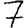
Digit: 7